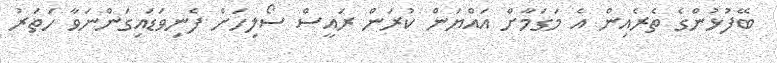
ބޭފުޅުންގެ ތެރެއިން އެ މަގަމާށް އައްޔަން ކުރަން ރައީސް ސޯލިހަށް ފެނިވަޑައިގަންނަވާ ހަތަރު